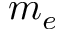
m _ { e }